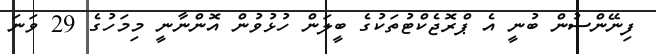
ފިނޭންސުން ބުނީ އެ ޕްރޮޖެކްޓުތަކުގެ ބީލަން ހުޅުވުން އޮންނާނީ މިމަހުގެ 29 ވަނަ